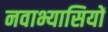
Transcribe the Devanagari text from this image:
नवाभ्यासियों